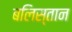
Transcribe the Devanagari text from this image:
बलिस्तान